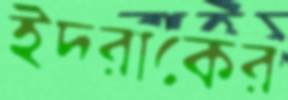
ইদরাকের